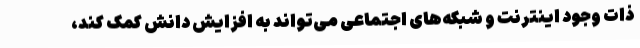
ذات وجود اینترنت و شبکه‌های اجتماعی می‌تواند به افزایش دانش کمک کند،